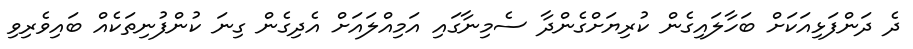
ދެ ދަންފަޅިއަކަށް ބަހާލައިގެން ކުރިޔަށްގެންދާ ސެމިނާގައި އަމިއްލައަށް އެދިގެން ގިނަ ކުންފުނިތަކެއް ބައިވެރިވި